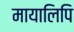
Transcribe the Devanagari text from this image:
मायालिपि